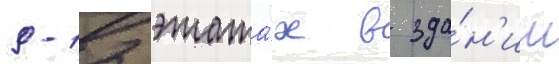
9-12 этажа́х в зда́н'ии